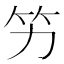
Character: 竻